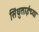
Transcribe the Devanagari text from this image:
सिंधुताईंच्या